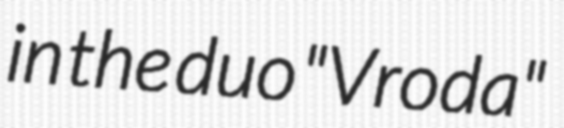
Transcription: in the duo "Vroda"